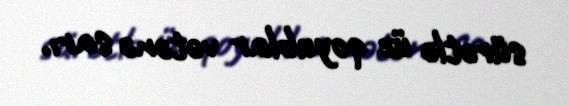
sürətlə üz qoyublar vətənə sarı.